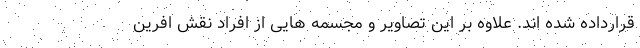
قرارداده شده اند. علاوه بر این تصاویر و مجسمه هایی از افراد نقش افرین